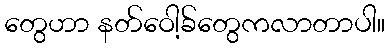
တွေဟာ နတ်ဝေါ့ခ်တွေကလာတာပါ။